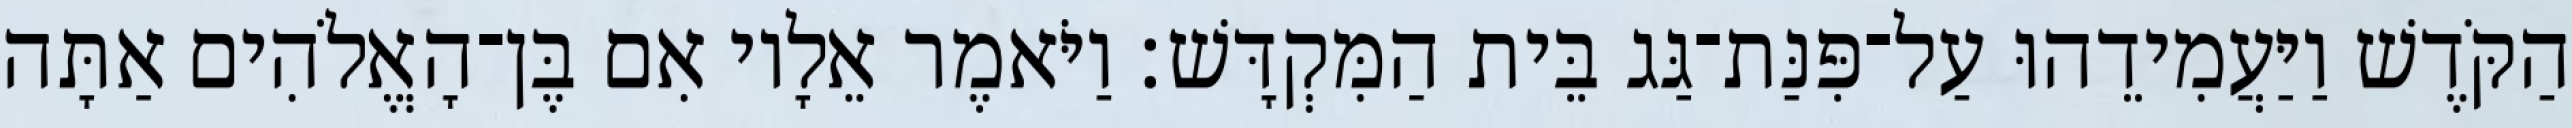
הַקֹּדֶשׁ וַיַּעֲמִידֵהוּ עַל־פִּנַּת־גַּג בֵּית הַמִּקְדָּשׁ׃ וַיֹּאמֶר אֵלָיו אִם בֶּן־הָאֱלֹהִים אַתָּה